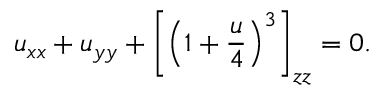
u _ { x x } + u _ { y y } + \left[ \left( 1 + { \frac { u } { 4 } } \right) ^ { 3 } \right] _ { z z } = 0 .